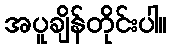
အပူချိန်တိုင်းပါ။